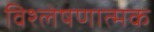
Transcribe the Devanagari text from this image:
विश्‍लेषणात्‍मक